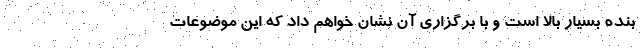
بنده بسیار بالا است و با برگزاری آن نشان خواهم داد که این موضوعات